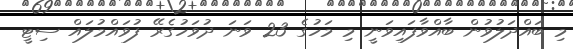
މި ބައްދަލުވުން ބާއްވާފައިވަނީ މި މަހުގެ 23 ވަނަ ދުވަހުގެރޭ ފުވައްމުލައް ސިޓީ